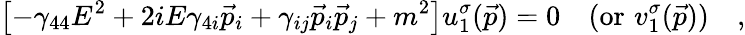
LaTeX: \left[-\gamma_{44}E^{2}+2iE\gamma_{4i}\vec{p}_{i}+\gamma_{ij}\vec{p}_{i}\vec{p}_{j}+m^{2}\right]u_{1}^{\sigma}(\vec{p})=0\quad(\mathrm{or}\, \, v_{1}^{\sigma}(\vec{p}))\quad,